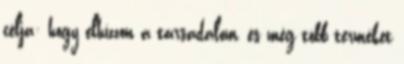
célja: hogy elhízzon a társadalom, és még több terméket